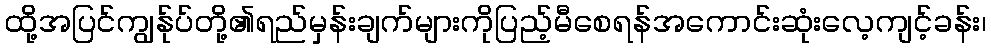
ထို့အပြင်ကျွန်ုပ်တို့၏ရည်မှန်းချက်များကိုပြည့်မီစေရန်အကောင်းဆုံးလေ့ကျင့်ခန်း၊